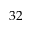
3 2